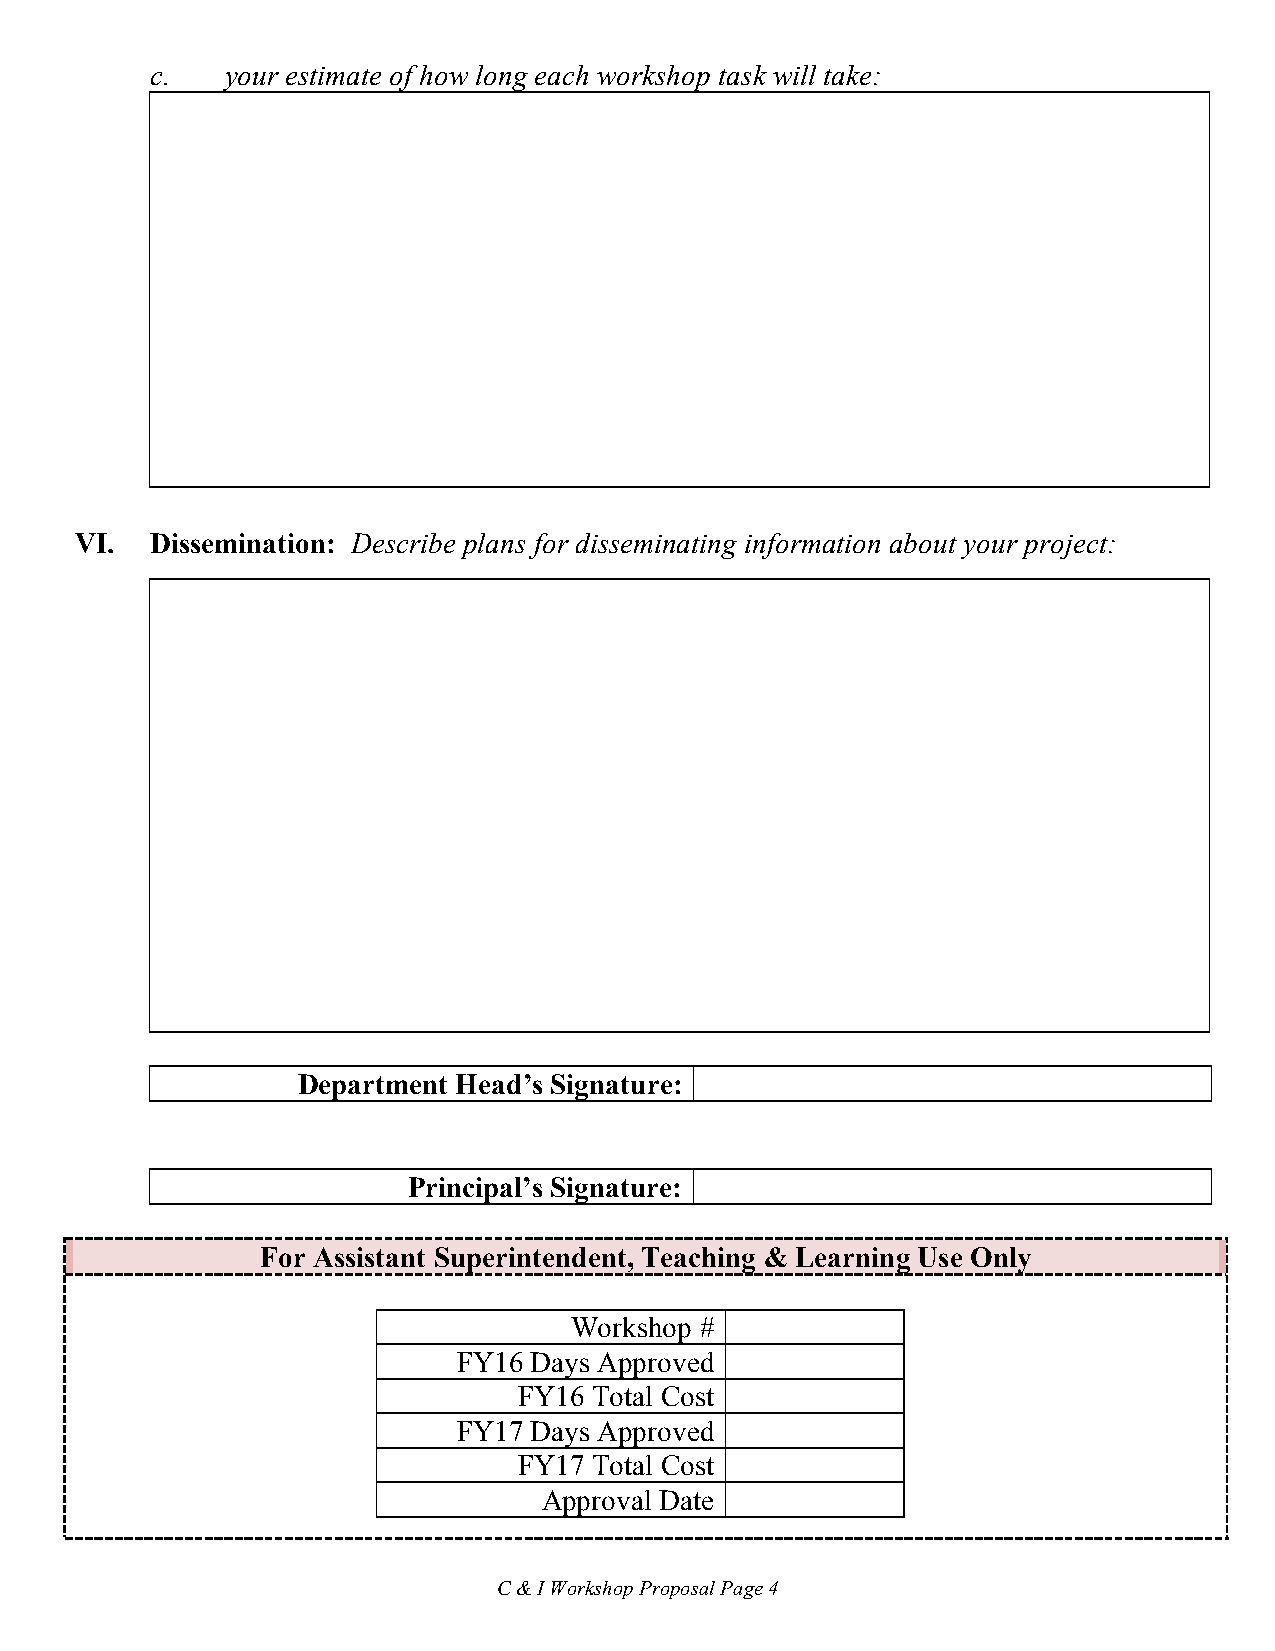
c.   your estimate of how long each workshop task will take:
 VI.  Dissemination: Describe plans for disseminating information about your project:
 Department Head’s Signature:
 Principal’s Signature:
 For Assistant Superintendent, Teaching & Learning Use Only
 Workshop #
 FY16 Days Approved
 FY16 Total Cost
 FY17 Days Approved
 FY17 Total Cost
 Approval Date
 C & I Workshop Proposal Page 4